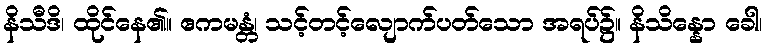
နိသီဒိ၊ ထိုင်နေ၏။ ဧကမန္တံ၊ သင့်တင့်လျောက်ပတ်သော အရပ်၌။ နိသိန္နော ခေါ၊